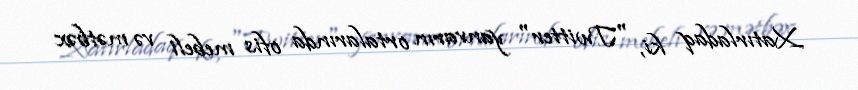
Xatırladaq ki, "Twitter" yanvarın ortalarında ofis mebeli və mətbəx